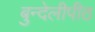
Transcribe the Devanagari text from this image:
बुन्देलीपीठ